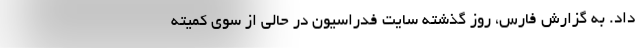
داد. به گزارش فارس، روز گذشته سایت فدراسیون در حالی از سوی کمیته